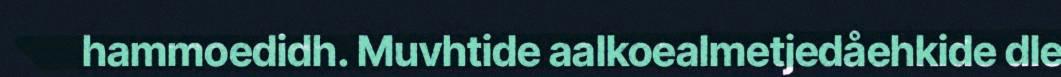
hammoedidh. Muvhtide aalkoealmetjedåehkide dle